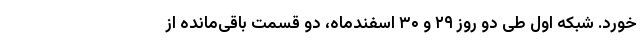
‌خورد. شبکه اول طی دو روز ۲۹ و ۳۰ اسفندماه، دو قسمت باقی‌مانده از